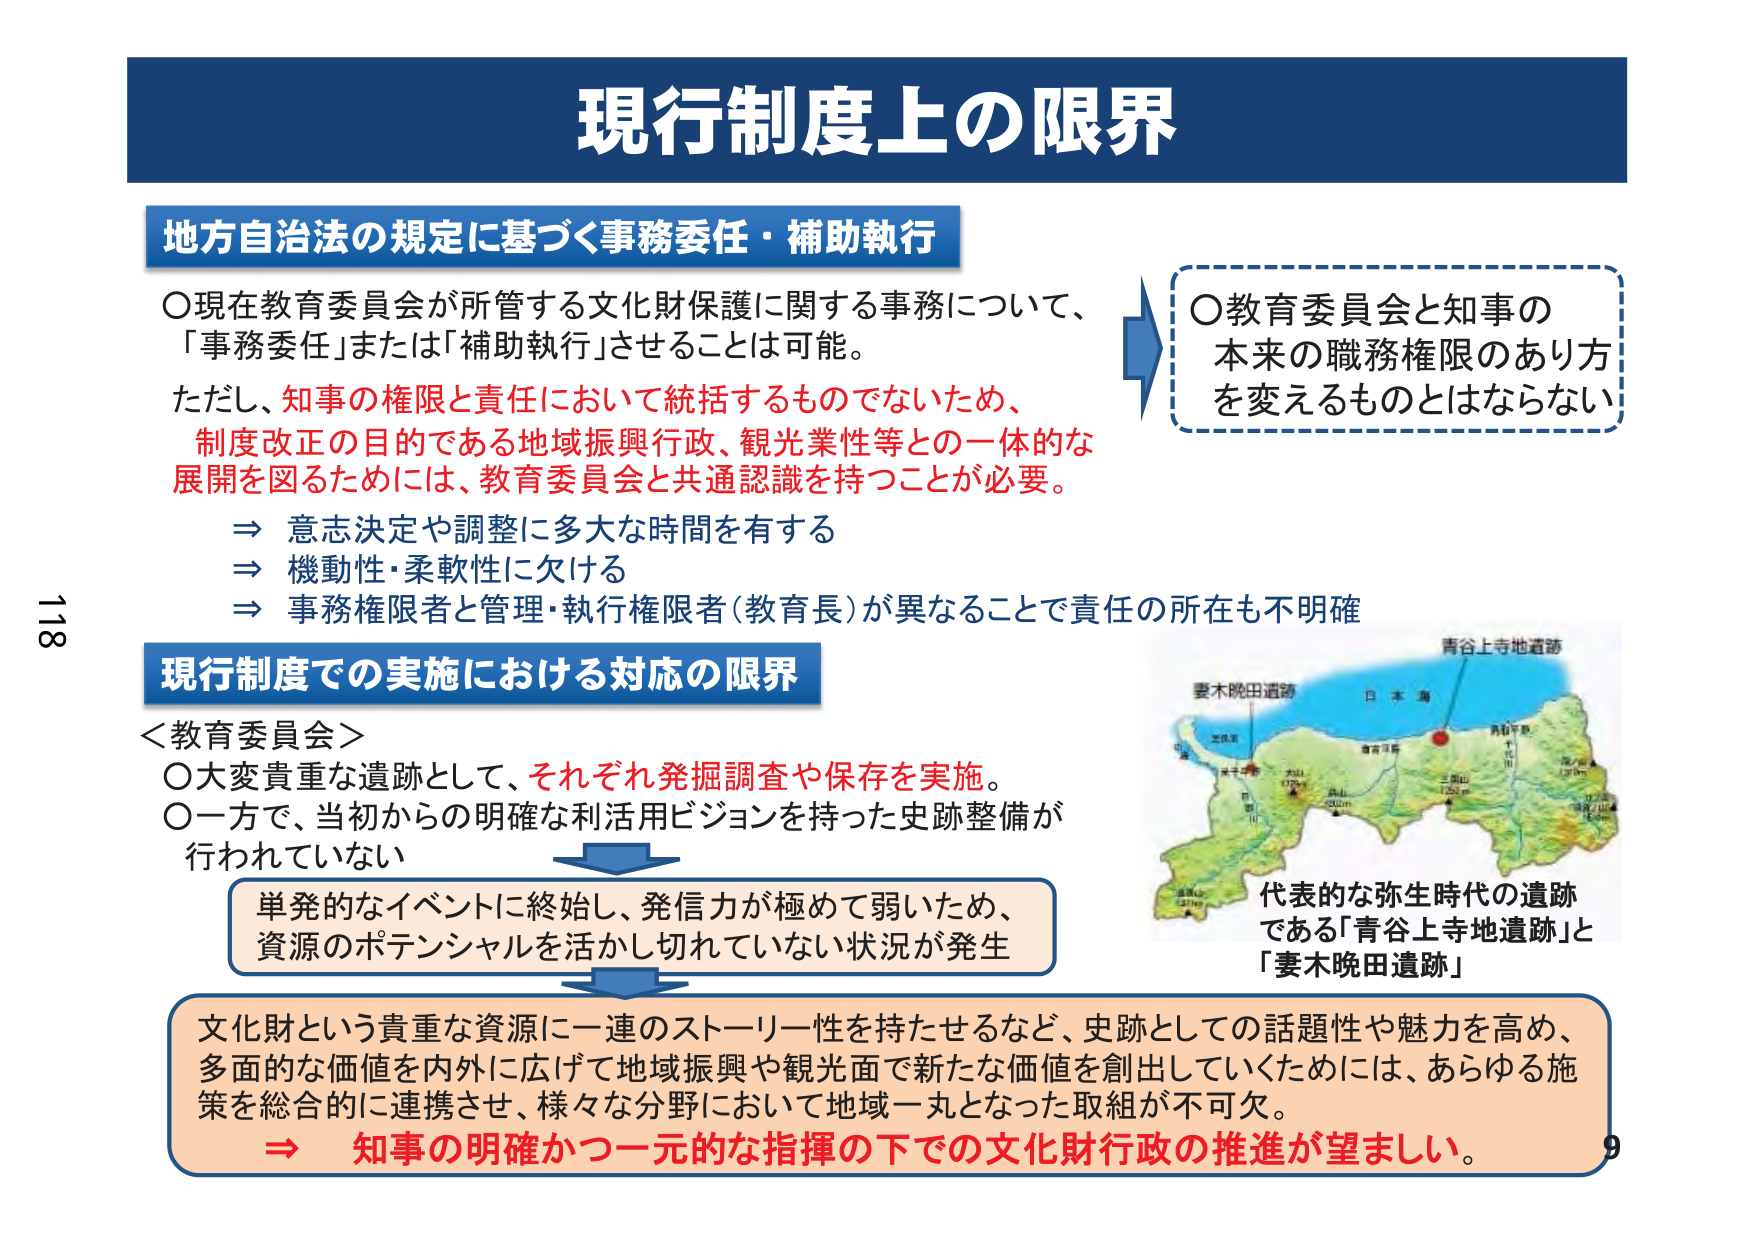
現行制度上の限界

地方自治法の規定に基づく事務委任・補助執行

〇現在教育委員会が所管する文化財保護に関する事務について、
「事務委任」または「補助執行」させることは可能。
ただし、知事の権限と責任において統括するものでないため、
制度改正の目的である地域振興行政、観光業性等との一体的な
展開を図るためには、教育委員会と共通認識を持つことが必要。
⇒ 意志決定や調整に多大な時間を有する
⇒ 機動性・柔軟性に欠ける
⇒ 事務権限者と管理・執行権限者（教育長）が異なることで責任の所在も不明確

〇教育委員会と知事の
本来の職務権限のあり方
を変えるものとはならない

現行制度での実施における対応の限界

＜教育委員会＞
〇大変貴重な遺跡として、それぞれ発掘調査や保存を実施。
〇一方で、当初からの明確な利活用ビジョンを持った史跡整備が
行われていない

単発的なイベントに終始し、発信力が極めて弱いため、
資源のポテンシャルを活かし切れていない状況が発生

文化財という貴重な資源に一連のストーリー性を持たせるなど、史跡としての話題性や魅力を高め、
多面的な価値を内外に広げて地域振興や観光面で新たな価値を創出していくためには、あらゆる施策を総合的に連携させ、様々な分野において地域一丸となった取組が不可欠。
⇒ 知事の明確かつ一元的な指揮の下での文化財行政の推進が望ましい。

青谷上寺地遺跡
日本海
妻木晩田遺跡
代表的な弥生時代の遺跡
である「青谷上寺地遺跡」と
「妻木晩田遺跡」

118
9